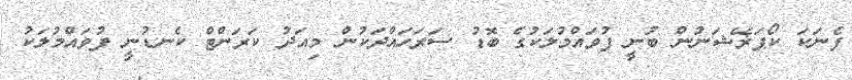
ފެނަކަ ކޯޕަޜޭޝަނުން ބުނީ ފުވައްމުލަކުގެ ބޮޑު ސަރަހައްދަކުން މިއަދު ކަރަންޓް ކެނޑުނީ ފުވައްމުލަކު